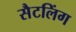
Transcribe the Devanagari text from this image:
सैटलिंग